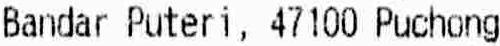
BANDAR PUTERI, 47100 PUCHONG